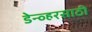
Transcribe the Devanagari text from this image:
डेन्व्हरसाठी